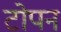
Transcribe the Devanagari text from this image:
टोपन